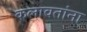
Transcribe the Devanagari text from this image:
कलावतांना